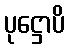
ပုဋ္ဌောပိ